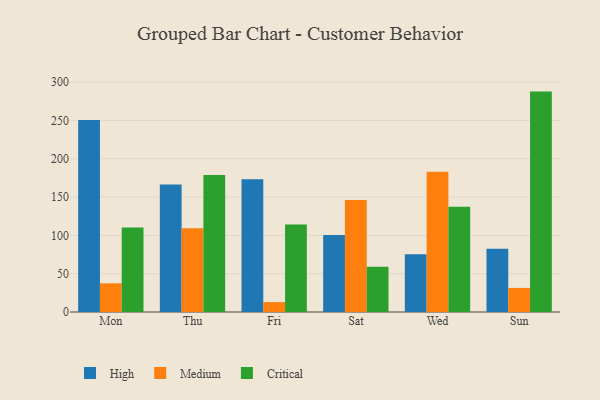
{"axis": {"x": "Day", "y": "Waste Production (Tons)"}, "legend": ["Critical", "High", "Medium"], "data": [{"x": "Mon", "y": 250.4, "type": "High"}, {"x": "Mon", "y": 37.4, "type": "Medium"}, {"x": "Mon", "y": 110.2, "type": "Critical"}, {"x": "Thu", "y": 166.4, "type": "High"}, {"x": "Thu", "y": 109.3, "type": "Medium"}, {"x": "Thu", "y": 178.9, "type": "Critical"}, {"x": "Fri", "y": 173.2, "type": "High"}, {"x": "Fri", "y": 12.9, "type": "Medium"}, {"x": "Fri", "y": 114.2, "type": "Critical"}, {"x": "Sat", "y": 100.4, "type": "High"}, {"x": "Sat", "y": 146.0, "type": "Medium"}, {"x": "Sat", "y": 59.0, "type": "Critical"}, {"x": "Wed", "y": 75.2, "type": "High"}, {"x": "Wed", "y": 183.0, "type": "Medium"}, {"x": "Wed", "y": 137.2, "type": "Critical"}, {"x": "Sun", "y": 82.4, "type": "High"}, {"x": "Sun", "y": 31.4, "type": "Medium"}, {"x": "Sun", "y": 287.6, "type": "Critical"}]}